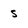
Character: s